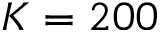
K = 2 0 0